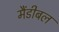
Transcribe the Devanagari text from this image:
मैंडीबल